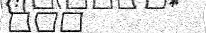
١٠٦